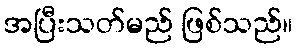
အပြီးသတ်မည် ဖြစ်သည်။